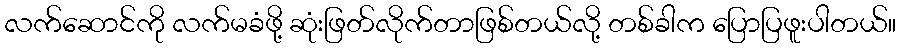
လက်ဆောင်ကို လက်မခံဖို့ ဆုံးဖြတ်လိုက်တာဖြစ်တယ်လို့ တစ်ခါက ပြောပြဖူးပါတယ်။